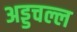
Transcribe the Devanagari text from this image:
अड्डचल्ल